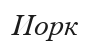
Иорк